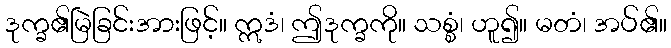
ဒုက္ခ၏မြဲခြင်းအားဖြင့်။ ဣဒံ၊ ဤဒုက္ခကို။ သစ္စံ၊ ဟူ၍။ မတံ၊ အပ်၏။